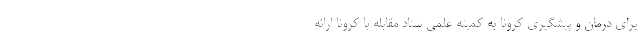
برای درمان و پیشگیری کرونا به کمیته علمی ستاد مقابله با کرونا ارائه